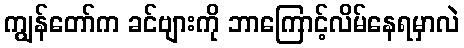
ကျွန်တော်က ခင်ဗျားကို ဘာကြောင့်လိမ်နေရမှာလဲ